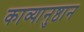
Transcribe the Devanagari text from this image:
काव्यानुष्ठान